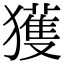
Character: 獲